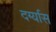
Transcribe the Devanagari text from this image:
दर्ग्यास